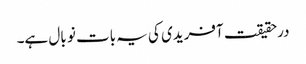
درحقیقت آفریدی کی یہ بات نو بال ہے۔